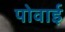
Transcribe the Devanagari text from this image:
पोवाई